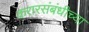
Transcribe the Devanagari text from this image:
करारसंबंधीच्या